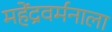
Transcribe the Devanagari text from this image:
महेंद्रवर्मनाला